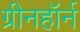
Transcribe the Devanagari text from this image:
ग्रीनहॉर्न